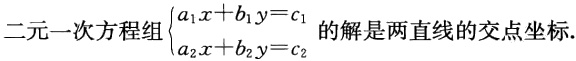
二元一次方程组$\begin{cases}a_{1}x + b_{1}y = c_{1}\\a_{2}x + b_{2}y = c_{2}\end{cases}$的解是两直线的交点坐标.